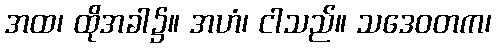
အထ၊ ထိုအခါ၌။ အဟံ၊ ငါသည်။ သဒေဝတက၊